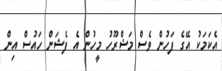
އެކަމަކު އޭގެ ފަހުން ވެސް މަޝްރޫހު މީހުން އެ ފެޝަން ހައުސް އިން